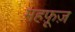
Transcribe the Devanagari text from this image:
महफ़ूज़